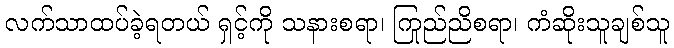
လက်သာထပ်ခဲ့ရတယ် ရှင့်ကို သနားစရာ၊ ကြည်ညိုစရာ၊ ကံဆိုးသူချစ်သူ